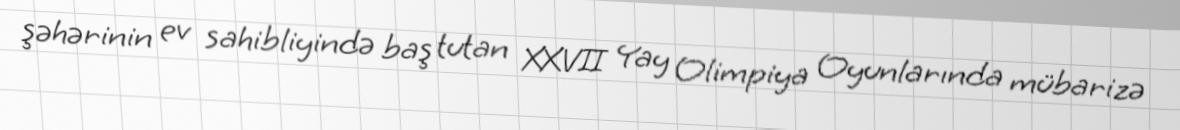
şəhərinin ev sahibliyində baş tutan XXVII Yay Olimpiya Oyunlarında mübarizə